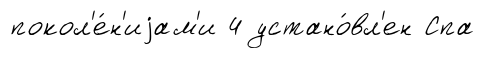
покол'е́н'иjам'и 4 устано́вл'ен Спа